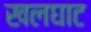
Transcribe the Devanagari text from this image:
खलघाट